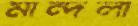
মান্দলা